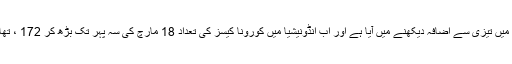
گزشتہ ہفتے سے جنوب مشرقی ایشیائی اور جنوبی ایشیائی ممالک میں کورونا کے کیسز میں تیزی سے اضافہ دیکھنے میں آیا ہے اور اب انڈونیشیا میں کورونا کیسز کی تعداد 18 مارچ کی سہ پہر تک بڑھ کر 172 ، تھائی لینڈ میں بڑھ کر 177، بنگلہ دیش میں 10 اور سری لنکا میں 44 تک جا پہنچی تھی۔